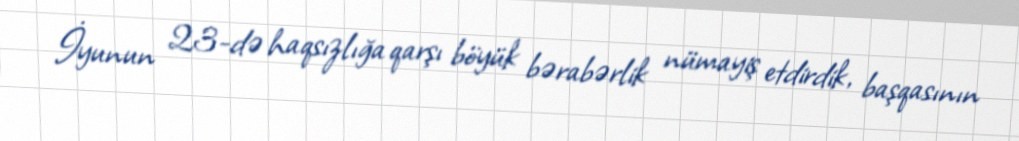
İyunun 23-də haqsızlığa qarşı böyük bərabərlik nümayiş etdirdik, başqasının